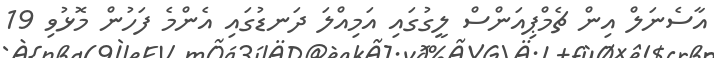
އާސެނަލް އިން ޗެމްޕިއަންސް ލީގުގައި އަމިއްލަ ދަނޑުގައި އެންމެ ފަހުން މޮޅުވި 19